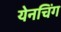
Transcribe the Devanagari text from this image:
येनचिंग